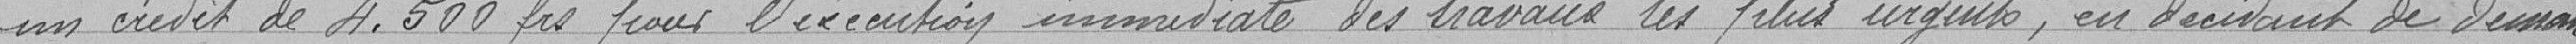
un crédit de 4.500 pour l'exécution immédiate des travaux les plus urgents, en décidant de deman